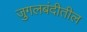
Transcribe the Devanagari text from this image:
जुगलबंदीतील